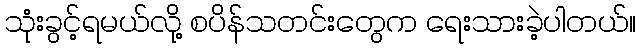
သုံးခွင့်ရမယ်လို့ စပိန်သတင်းတွေက ရေးသားခဲ့ပါတယ်။